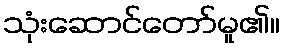
သုံးဆောင်တော်မူ၏။